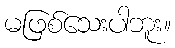
မဖြစ်သေးပါဘူး။